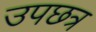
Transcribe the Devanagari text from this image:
उपछत्र